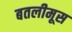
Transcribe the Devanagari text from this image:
बतलीमूस